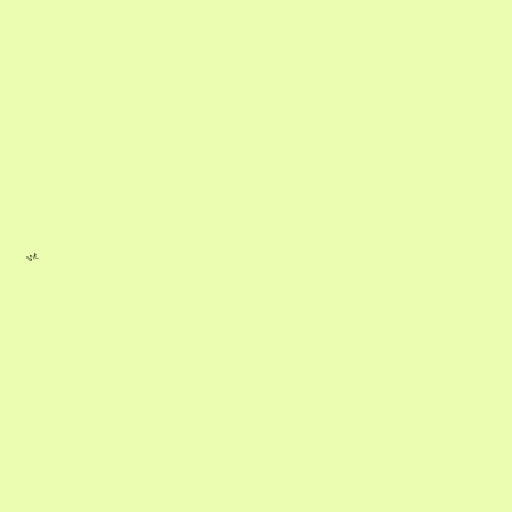
asti.